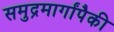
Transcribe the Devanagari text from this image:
समुद्रमार्गांपैकी